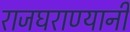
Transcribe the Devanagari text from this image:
राजघराण्यानी